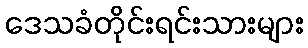
ဒေသခံတိုင်းရင်းသားများ